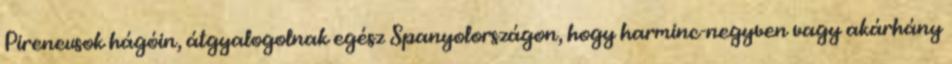
Pireneusok hágóin, átgyalogolnak egész Spanyolországon, hogy harminc-negyven vagy akárhány